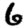
Digit: 6